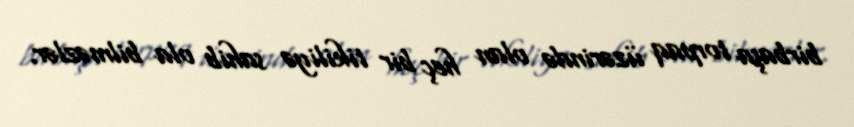
birbaşa torpaq üzərində olan heç bir tikiliyə sahib ola bilməzlər.